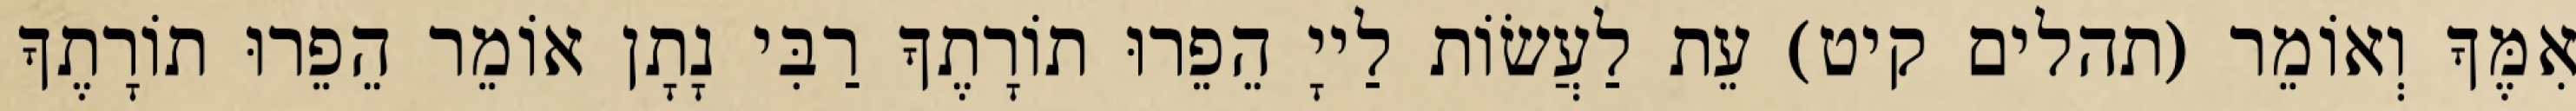
אִמֶּךָ וְאוֹמֵר (תהלים קיט) עֵת לַעֲשׂוֹת לַייָ הֵפֵרוּ תוֹרָתֶךָ רַבִּי נָתָן אוֹמֵר הֵפֵרוּ תוֹרָתֶךָ